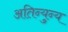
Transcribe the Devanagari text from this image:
अतिन्युन्य